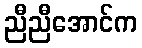
ညီညီအောင်က